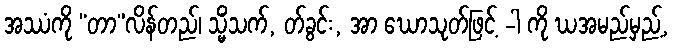
အဿံကို “တာ”လိန်တည်၊ သ္မိံသက်, တ်ခွင်း, အာ ဃောသုတ်ဖြင့် -ါ ကို ဃအမည်မှည့်,